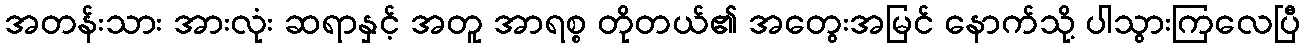
အတန်းသား အားလုံး ဆရာနှင့် အတူ အာရစ္စ တိုတယ်၏ အတွေးအမြင် နောက်သို့ ပါသွားကြလေပြီ